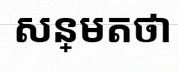
សន្មតថា x ជាចំនួនពិត